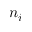
n _ { i }